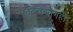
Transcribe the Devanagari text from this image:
कुटिरोद्योगही